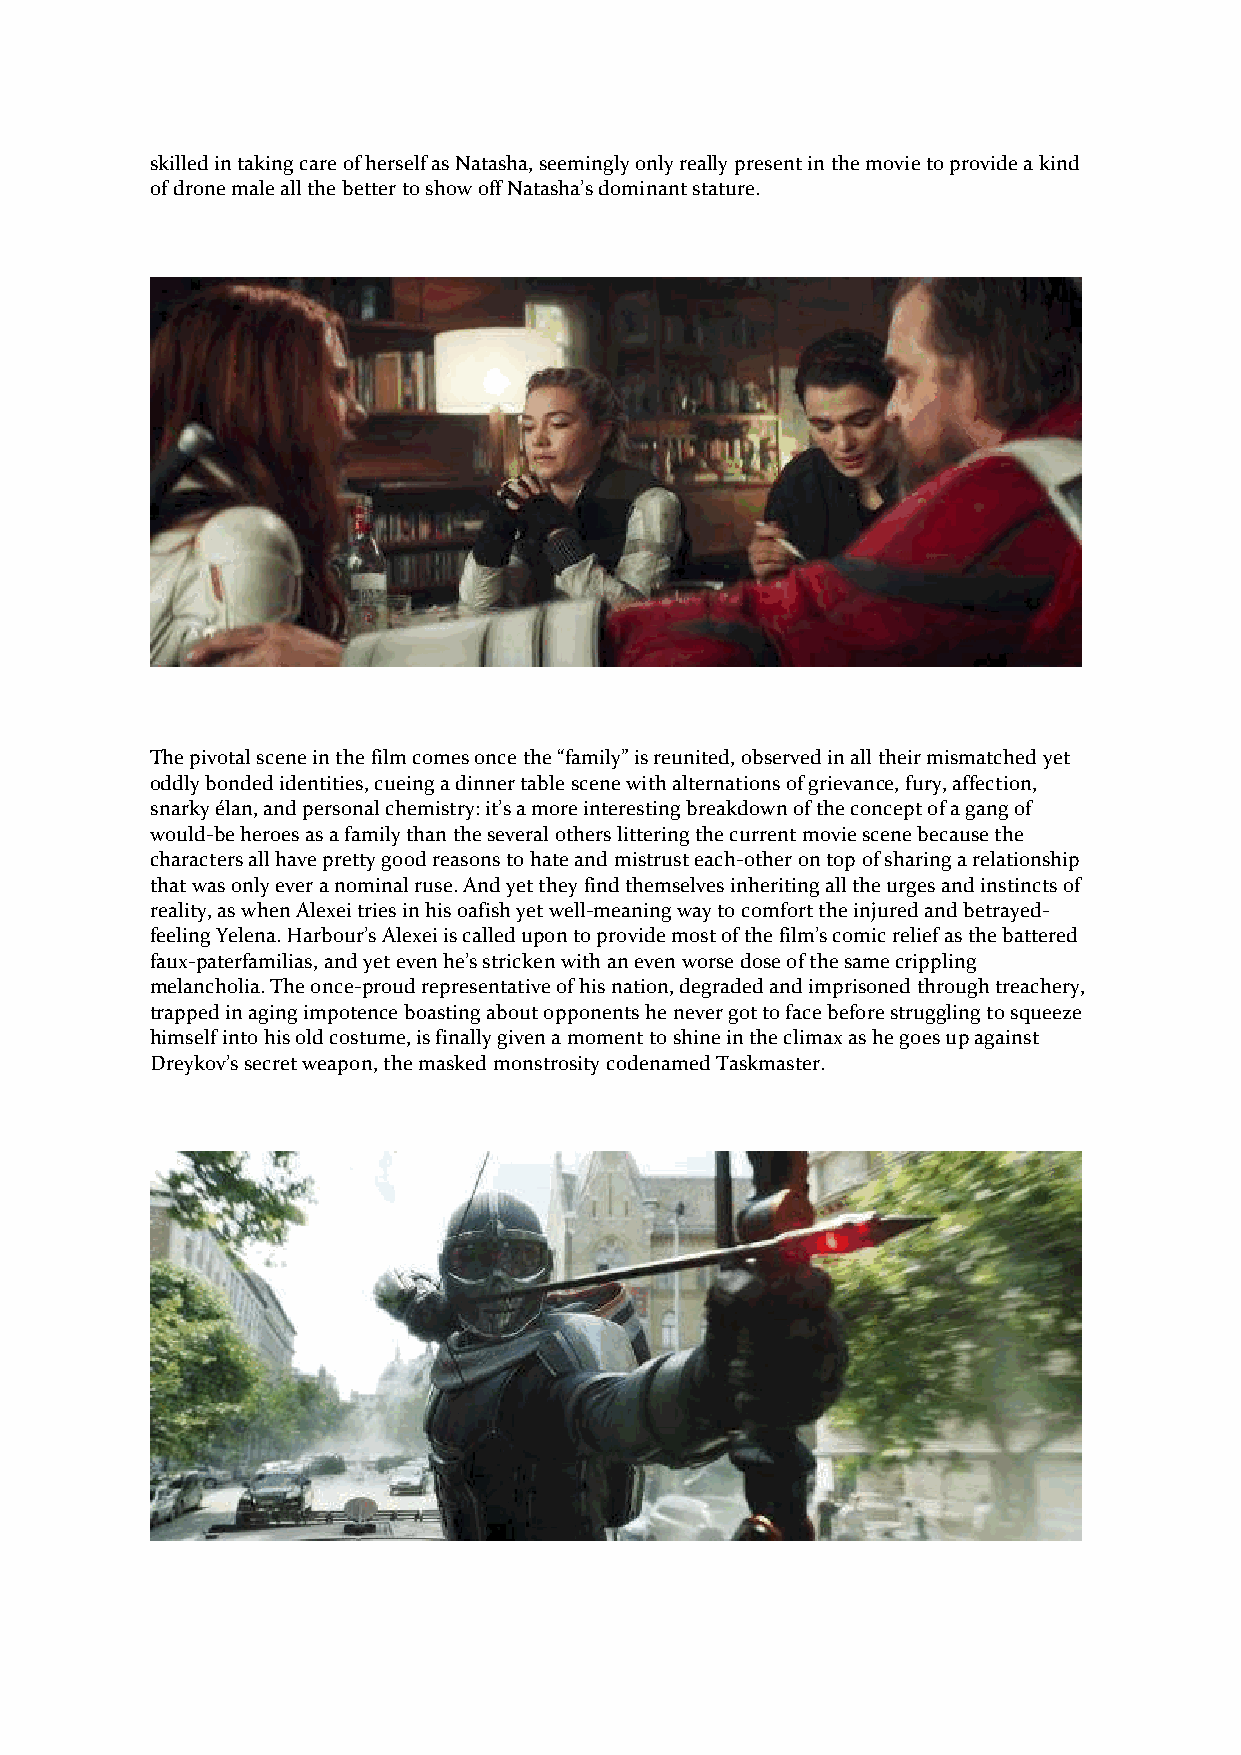
skilled in taking care of herself as Natasha, seemingly only really present in the movie to provide a kind
 of drone male all the better to show off Natasha’s dominant stature.
 The pivotal scene in the film comes once the “family” is reunited, observed in all their mismatched yet
 oddly bonded identities, cueing a dinner table scene with alternations of grievance, fury, affection,
 snarky élan, and personal chemistry: it’s a more interesting breakdown of the concept of a gang of
 would-be heroes as a family than the several others littering the current movie scene because the
 characters all have pretty good reasons to hate and mistrust each-other on top of sharing a relationship
 that was only ever a nominal ruse. And yet they find themselves inheriting all the urges and instincts of
 reality, as when Alexei tries in his oafish yet well-meaning way to comfort the injured and betrayed-
 feeling Yelena. Harbour’s Alexei is called upon to provide most of the film’s comic relief as the battered
 faux-paterfamilias, and yet even he’s stricken with an even worse dose of the same crippling
 melancholia. The once-proud representative of his nation, degraded and imprisoned through treachery,
 trapped in aging impotence boasting about opponents he never got to face before struggling to squeeze
 himself into his old costume, is finally given a moment to shine in the climax as he goes up against
 Dreykov’s secret weapon, the masked monstrosity codenamed Taskmaster.